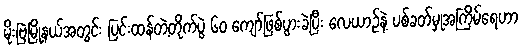
မိုးဗြဲမြို့နယ်အတွင်း ပြင်းထန်တဲ့တိုက်ပွဲ ၆၀ ကျော်ဖြစ်ပွားခဲ့ပြီး လေယာဉ်နဲ့ ပစ်ခတ်မှုအကြိမ်ရေဟာ